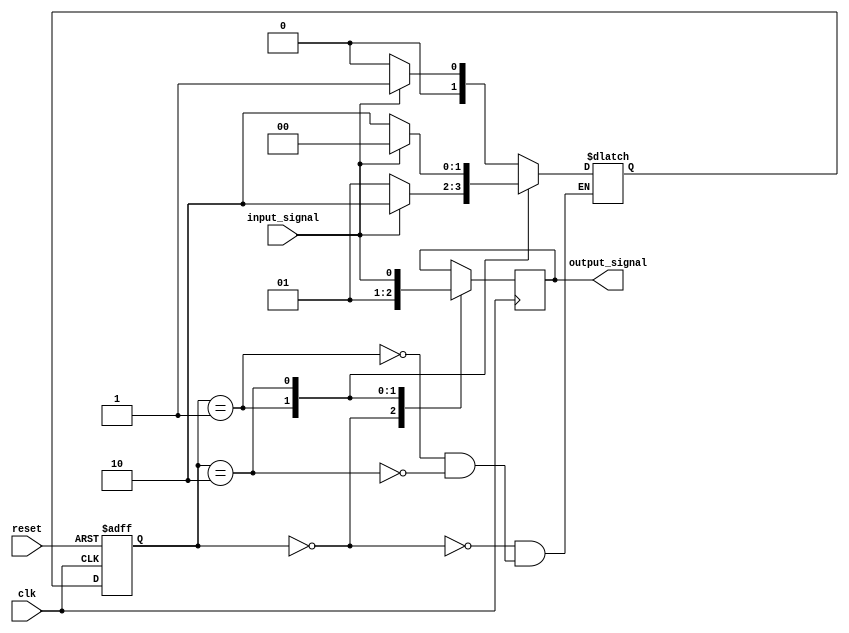
module finite_state_machine (
    input wire clk,
    input wire reset,
    input wire input_signal,
    output reg output_signal
);

// Define the states of the machine
parameter STATE1 = 2'b00;
parameter STATE2 = 2'b01;
parameter STATE3 = 2'b10;

// Define the current state and next state
reg [1:0] current_state, next_state;

always @(posedge clk or posedge reset) begin
    if (reset) begin
        current_state <= STATE1;
    end else begin
        current_state <= next_state;
    end
end

// Define the transitions between states based on input signals
always @(*) begin
    case (current_state)
        STATE1: begin
            if (input_signal) begin
                next_state = STATE2;
            end else begin
                next_state = STATE1;
            end
        end
        STATE2: begin
            if (input_signal) begin
                next_state = STATE3;
            end else begin
                next_state = STATE2;
            end
        end
        STATE3: begin
            if (input_signal) begin
                next_state = STATE1;
            end else begin
                next_state = STATE3;
            end
        end
    endcase
end

// Define the output signals based on state changes
always @(posedge clk) begin
    case (current_state)
        STATE1: begin
            output_signal <= 1'b0;
        end
        STATE2: begin
            output_signal <= 1'b1;
        end
        STATE3: begin
            output_signal <= input_signal;
        end
    endcase
end

endmodule